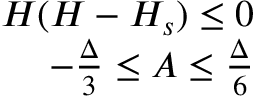
\begin{array} { r } { H ( H - H _ { s } ) \le 0 } \\ { - \frac { \Delta } { 3 } \le A \le \frac { \Delta } { 6 } } \end{array}